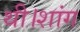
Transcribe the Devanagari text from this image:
थी।शांग